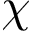
\chi